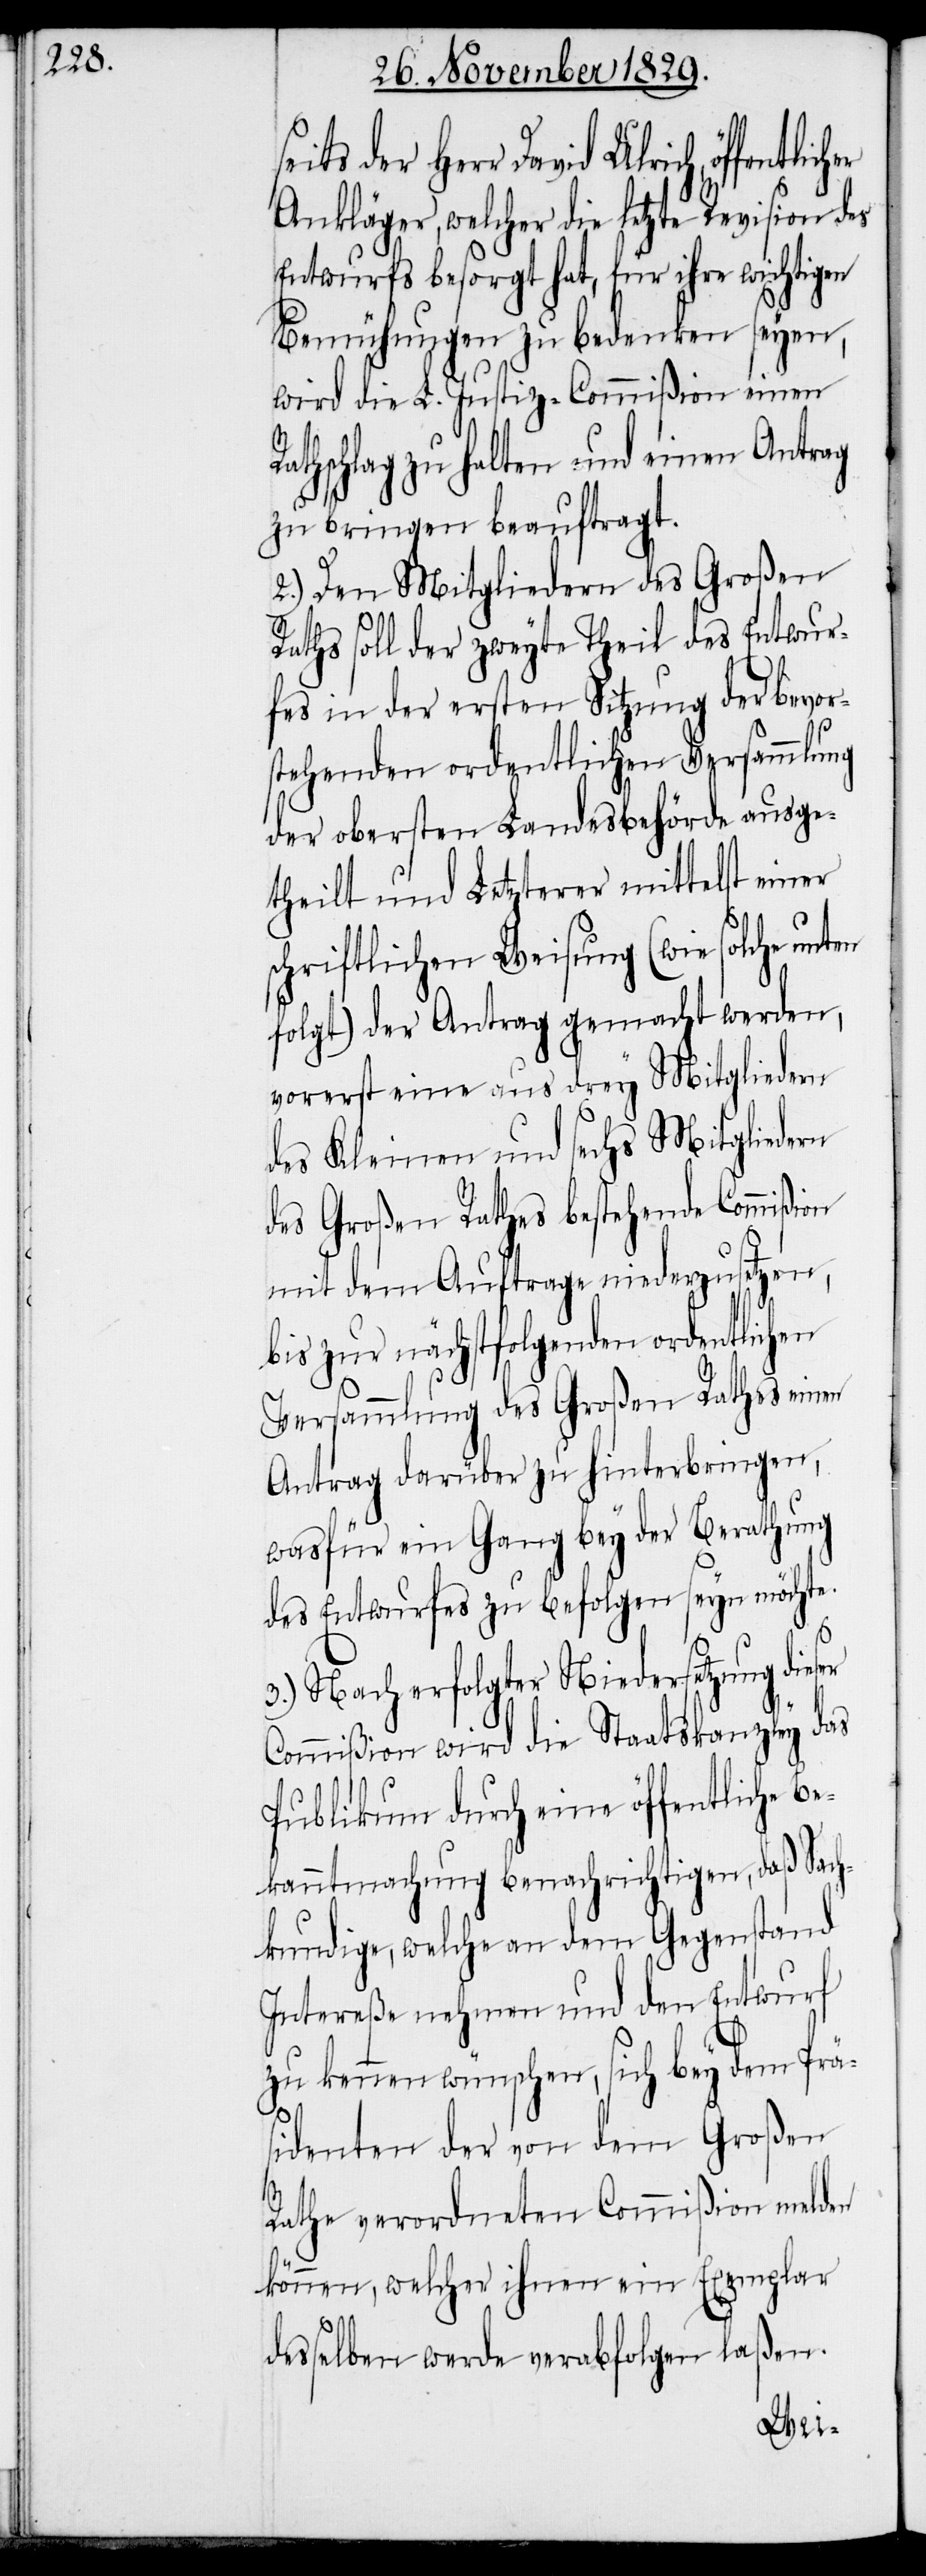
seits der Herr David Ulrich,
Ankläger, welcher die letzte Revision
Entwurfs besorgt hat, für ihre wichtigen
Bemühungen zu bedenken seyen,
wird die L. Justiz-Commißion einen
thschlag zu halten und einen Antrag
zu bringen beauftragt.
2.) Den Mitgliedern des Großen
Raths soll der zweyte Theil des Entwur¬
fes in der ersten Sitzung der bevor¬
stehenden ordentlichen Versammlung
der obersten Landesbehörde ausge¬
theilt und Letzterer mittelst einer
schriftlichen Weisung (wie solche
folgt) der Antrag gemacht werden,
vorerst eine aus drey Mitgliedern
des Großen Rathes bestehende Commißion
mit dem Auftrage niederzusetzen,
bis zur nächstfolgenden ordentlichen
Versammlung des Großen Rathes einen
Antrag darüber zu hinterbringen,
wasfür ein Gang bey der Berathung
des Entwurfes zu befolgen seyn möchte.
3.) Nach erfolgter Niedersetzung die¬
Commißion wird die Staatskanzley das
Publikum durch eine öffentliche Be¬
kanntmachung benachrichtigen, daß Sach¬
kundige, welche an dem Gegenstand
Intereße nehmen und den Entwurf
zu kennen wünschen, sich bey dem Prä¬
sidenten der von dem Großen
Rathe verordneten Commißion melden
können, welcher ihnen ein Exemplar
desselben werde verabfolgen laßen.
ser